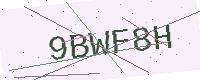
Text: 9BWF8H